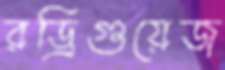
রড্রিগুয়েজ